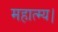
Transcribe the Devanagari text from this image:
महात्म्य।